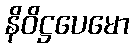
နိဝိဋ္ဌပေမော